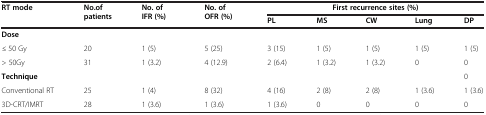
| <ROWSPAN=2> RT mode | <ROWSPAN=2> No.of patients | <ROWSPAN=2> No. of IFR (%) | <ROWSPAN=2> No. of OFR (%) | <COLSPAN=5> First recurrence sites (%) |
 | PL | MS | CW | Lung | DP |
 | --- | --- | --- | --- | --- | --- | --- | --- | --- |
 | Dose |  |  |  |  |  |  |  |  |
 | ≤ 50 Gy | 20 | 1 (5) | 5 (25) | 3 (15) | 1 (5) | 1 (5) | 1 (5) | 1 (5) |
 | > 50Gy | 31 | 1 (3.2) | 4 (12.9) | 2 (6.4) | 1 (3.2) | 1 (3.2) | 0 | 0 |
 | Technique |  |  |  |  |  |  |  | 0 |
 | Conventional RT | 25 | 1 (4) | 8 (32) | 4 (16) | 2 (8) | 2 (8) | 1 (3.6) | 1 (3.6) |
 | 3D-CRT/IMRT | 28 | 1 (3.6) | 1 (3.6) | 1 (3.6) | 0 | 0 | 0 | 0 |